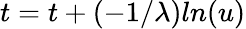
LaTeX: t=t+(-1/\lambda)ln(u)